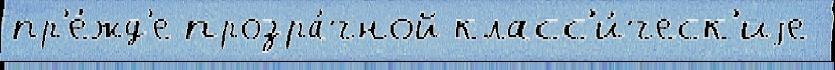
пр'е́жд'е прозра́чной класс'и́ческ'иjе